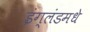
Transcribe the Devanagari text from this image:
इंग्लंडमधे